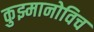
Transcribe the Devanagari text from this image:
कुझ्मानोविच